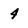
Character: 4